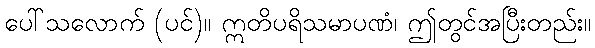
ပေါ်သလောက် (ပင်)။ ဣတိပရိသမာပဏံ၊ ဤတွင်အပြီးတည်း။